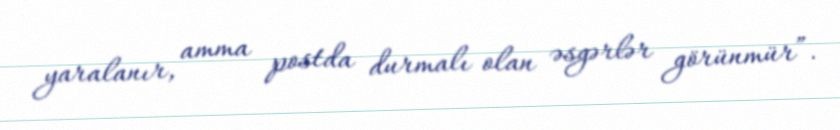
yaralanır, amma postda durmalı olan əsgərlər görünmür”.